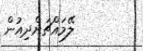
ލޭމައްޗަށްދިއުން